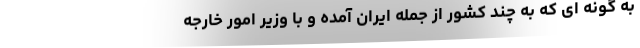
به گونه ای که به چند کشور از جمله ایران آمده و با وزیر امور خارجه